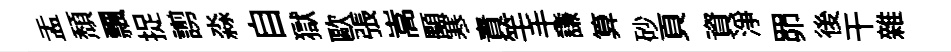
盂頽飄捉謭淼自獄歐張嵩顒寒責竿手謙算砂頁資淨𦊑後干雜